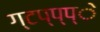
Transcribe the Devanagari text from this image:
ग्टप्प्प्े